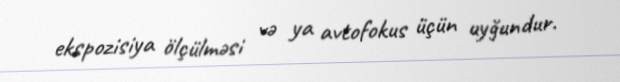
ekspozisiya ölçülməsi və ya avtofokus üçün uyğundur.